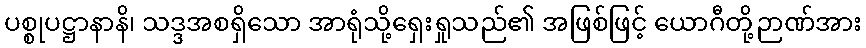
ပစ္စုပဋ္ဌာနာနိ၊ သဒ္ဒအစရှိသော အာရုံသို့ရှေးရှုသည်၏ အဖြစ်ဖြင့် ယောဂီတို့ဉာဏ်အား